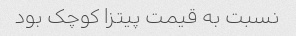
نسبت به قیمت پیتزا کوچک بود